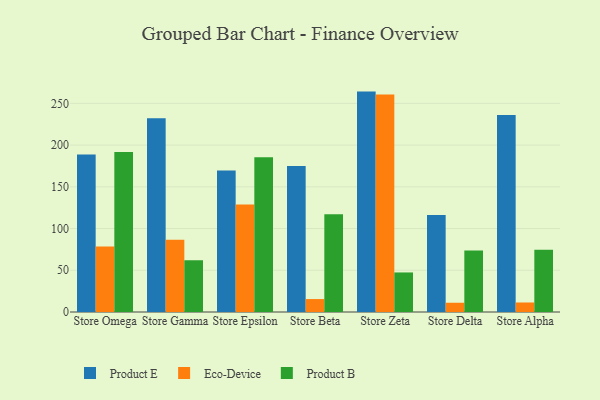
{"axis": {"x": "Store", "y": "Customer Acquisition Cost (USD)"}, "legend": ["Eco-Device", "Product B", "Product E"], "data": [{"x": "Store Omega", "y": 188.7, "type": "Product E"}, {"x": "Store Omega", "y": 78.6, "type": "Eco-Device"}, {"x": "Store Omega", "y": 191.6, "type": "Product B"}, {"x": "Store Gamma", "y": 232.3, "type": "Product E"}, {"x": "Store Gamma", "y": 86.5, "type": "Eco-Device"}, {"x": "Store Gamma", "y": 61.9, "type": "Product B"}, {"x": "Store Epsilon", "y": 169.5, "type": "Product E"}, {"x": "Store Epsilon", "y": 128.8, "type": "Eco-Device"}, {"x": "Store Epsilon", "y": 185.5, "type": "Product B"}, {"x": "Store Beta", "y": 175.0, "type": "Product E"}, {"x": "Store Beta", "y": 15.5, "type": "Eco-Device"}, {"x": "Store Beta", "y": 117.1, "type": "Product B"}, {"x": "Store Zeta", "y": 264.1, "type": "Product E"}, {"x": "Store Zeta", "y": 260.5, "type": "Eco-Device"}, {"x": "Store Zeta", "y": 47.4, "type": "Product B"}, {"x": "Store Delta", "y": 116.1, "type": "Product E"}, {"x": "Store Delta", "y": 11.1, "type": "Eco-Device"}, {"x": "Store Delta", "y": 73.7, "type": "Product B"}, {"x": "Store Alpha", "y": 236.0, "type": "Product E"}, {"x": "Store Alpha", "y": 11.4, "type": "Eco-Device"}, {"x": "Store Alpha", "y": 74.7, "type": "Product B"}]}